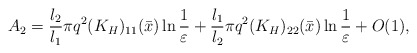
\begin{align*}A_2=\frac{l_2}{l_1}\pi q^2(K_{H})_{11}(\bar{x})\ln\frac{1}{\varepsilon}+\frac{l_1}{l_2}\pi q^2(K_{H})_{22}(\bar{x})\ln\frac{1}{\varepsilon}+O(1),\end{align*}